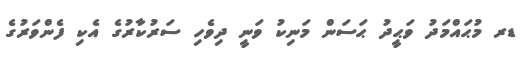
ޑރ މުޙައްމަދު ވަޙީދު ޙަސަން މަނިކު ވަނީ ދިވެހި ސަރުކާރުގެ އެކި ފެންވަރުގެ